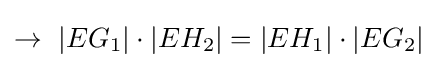
\rightarrow \ |EG_{1}|\cdot |EH_{2}|=|EH_{1}|\cdot |EG_{2}|\